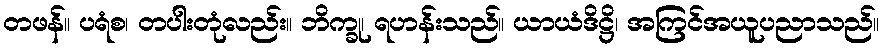
တဖန်။ ပရံစ၊ တပါးတုံလည်း။ ဘိက္ခု၊ ရဟန်းသည်။ ယာယံဒိဋ္ဌိ၊ အကြင်အယူပညာသည်။